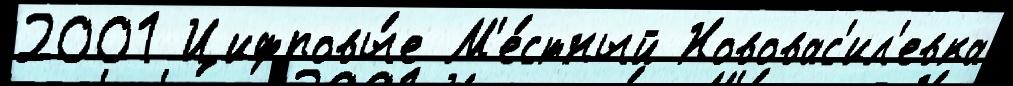
2001 Цифровы́е М'е́стный Нововас'ил'евка